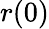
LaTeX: r(0)